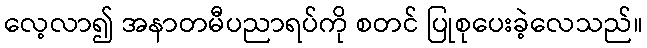
လေ့လာ၍ အနာတမီပညာရပ်ကို စတင် ပြုစုပေးခဲ့လေသည်။